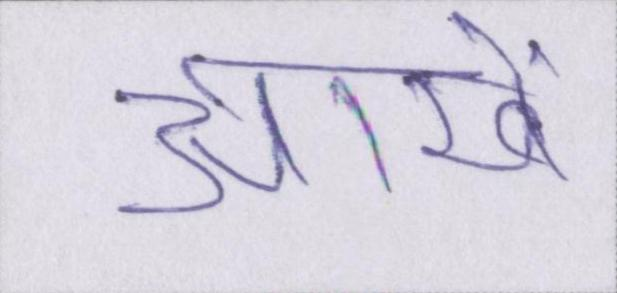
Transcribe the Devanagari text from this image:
आखें